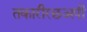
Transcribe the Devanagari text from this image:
तकारीरछअपी